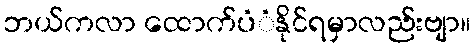
ဘယ်ကလာ ထောက်ပံံနိုင်ရမှာလည်းဗျာ။